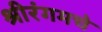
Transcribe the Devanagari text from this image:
श्रीरंगमचे